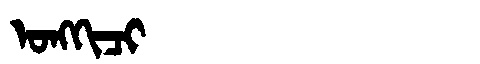
Manchu: ᠣᠩᡴᡳᠴᡳ
Romanization: ONGKICI